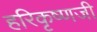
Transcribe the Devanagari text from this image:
हरिकृष्णजी